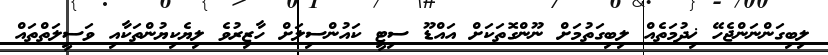
ލިބިގަންނަންޖެހޭ ޚިދުމަތެއް ލިބިގަތުމަށް ނޫންގޮތަކަށް އައްޑޫ ސިޓީ ކައުންސިލަށް ހާޒިރުވެ ލިޔެކިޔުންތަކާއި ވަސީލަތްތައް